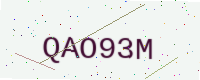
Text: QAO93M